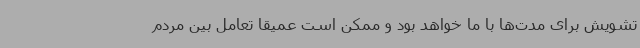
تشویش برای مدت‌ها با ما خواهد بود و ممکن است عمیقاً تعامل بین مردم